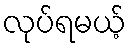
လုပ်ရမယ့်